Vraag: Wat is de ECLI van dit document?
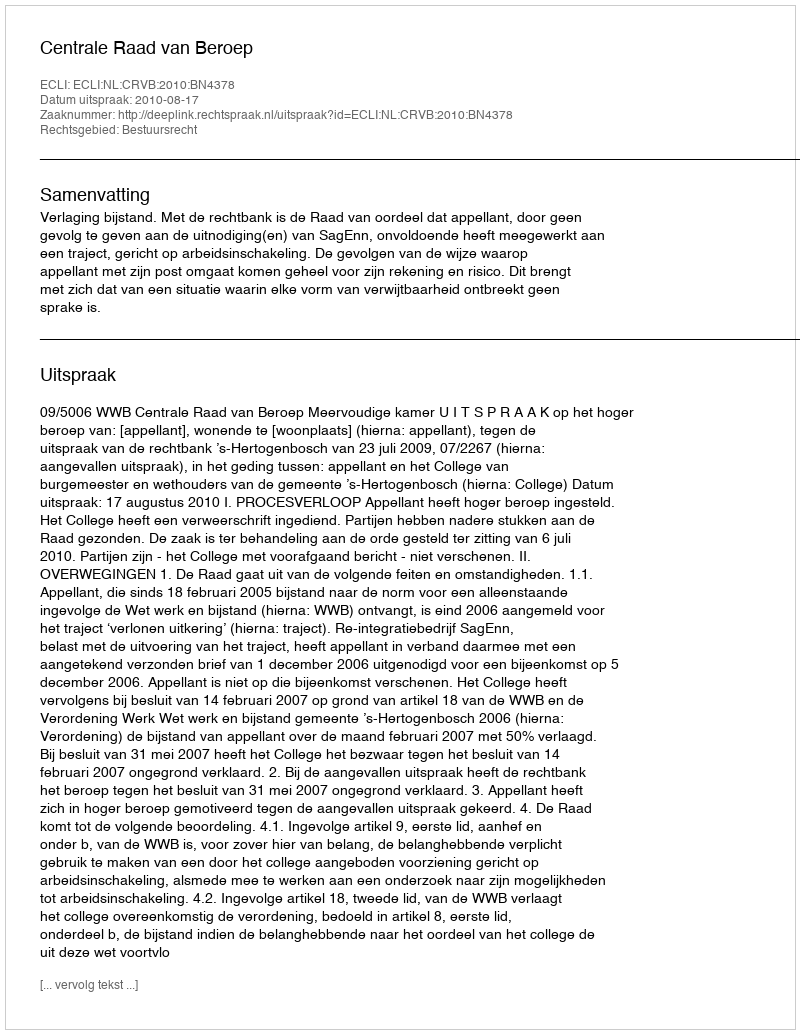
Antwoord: ECLI:NL:CRVB:2010:BN4378